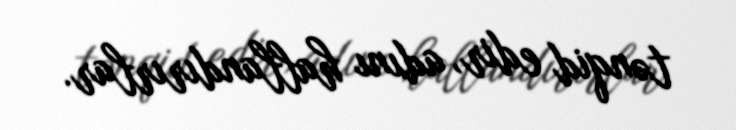
tənqid edir, adını hallandırırlar.